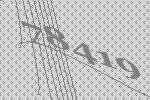
78419